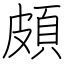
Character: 頗